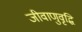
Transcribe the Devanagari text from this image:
जीवाणुवृद्धि